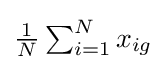
{\textstyle {\frac {1}{N}}\sum _{i=1}^{N}x_{ig}}